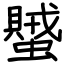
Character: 蠈